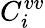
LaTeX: C_{i}^{vv}